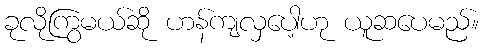
ခုလိုကြွမယ်ဆို ဟန်ကျလှပေါ့ဟု ယူဆပေမည်။